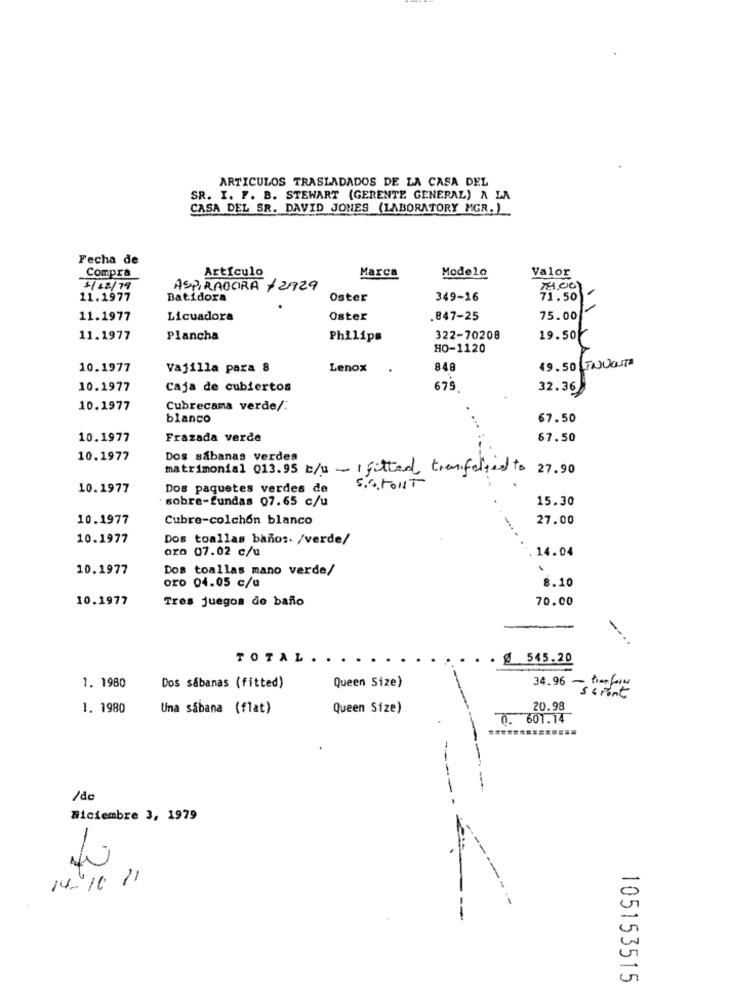
ARTICULOS TRASLADADOS DE LA CASA DEL
SR. I. F. B. STEWART (GERENTE GENERAL) A LA
CASA DEL SR. DAVID JONES (LABORATORY MGR. )
Fecha de
Modelo
Valor
Compra
Artículo
Marca
3/12/19
ASPIRADORA / 2729
14.00
11.1977
Batidora
Oster
349-16
71.50
11
11.1977
Licuadora
Oster
.847-25
75.00
19.50
11.1977
Plancha
Philips
322-70208
HO-1120
10.1977
Vajilla para 8
Lenox
848
49.50 INVOST
10.1977
Caja de cubiertos
675
32.36
10.1977
Cubrecama verde/
blanco
67.50
10.1977
Frazada verde
67.50
10.1977
Dos sabanas verdes
matrimonial 013.95 c/u - fitted transferred to
27.90
54. TOUT
10.1977
Dos paquetes verdes de
sobre-fundas 07.65 c/u
15.30
10.1977
Cubre-colchón blanco
27.00
10.1977
Dos toallas baños. /verde/
oro 07.02 c/u
14.04
10.1977
Dos toallas mano verde/
oro 04.05 c/u
8.10
10.1977
Tres juegos de baño
70.00
TOTAL.
. @ 545.20
1. 1980
Dos sábanas (fitted)
Queen Size)
timeforce
34.96 - " Pont
1. 1980
Una sabana (flat)
Queen Size)
20.98
0. 601.14
/dc
Hiciembre 3, 1979
-
14-10 11
105153515